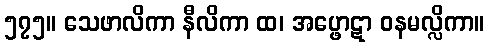
၅၇၅။ သေဖာလိကာ နီလိကာ ထ၊ အပ္ဖောဋာ ဝနမလ္လိကာ။